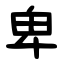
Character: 卑